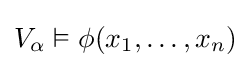
V_{\alpha }\vDash \phi (x_{1},\ldots ,x_{n})